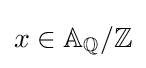
x\in \mathbb {A} _{\mathbb {Q} }/\mathbb {Z}